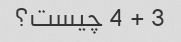
3 + 4 چیست؟